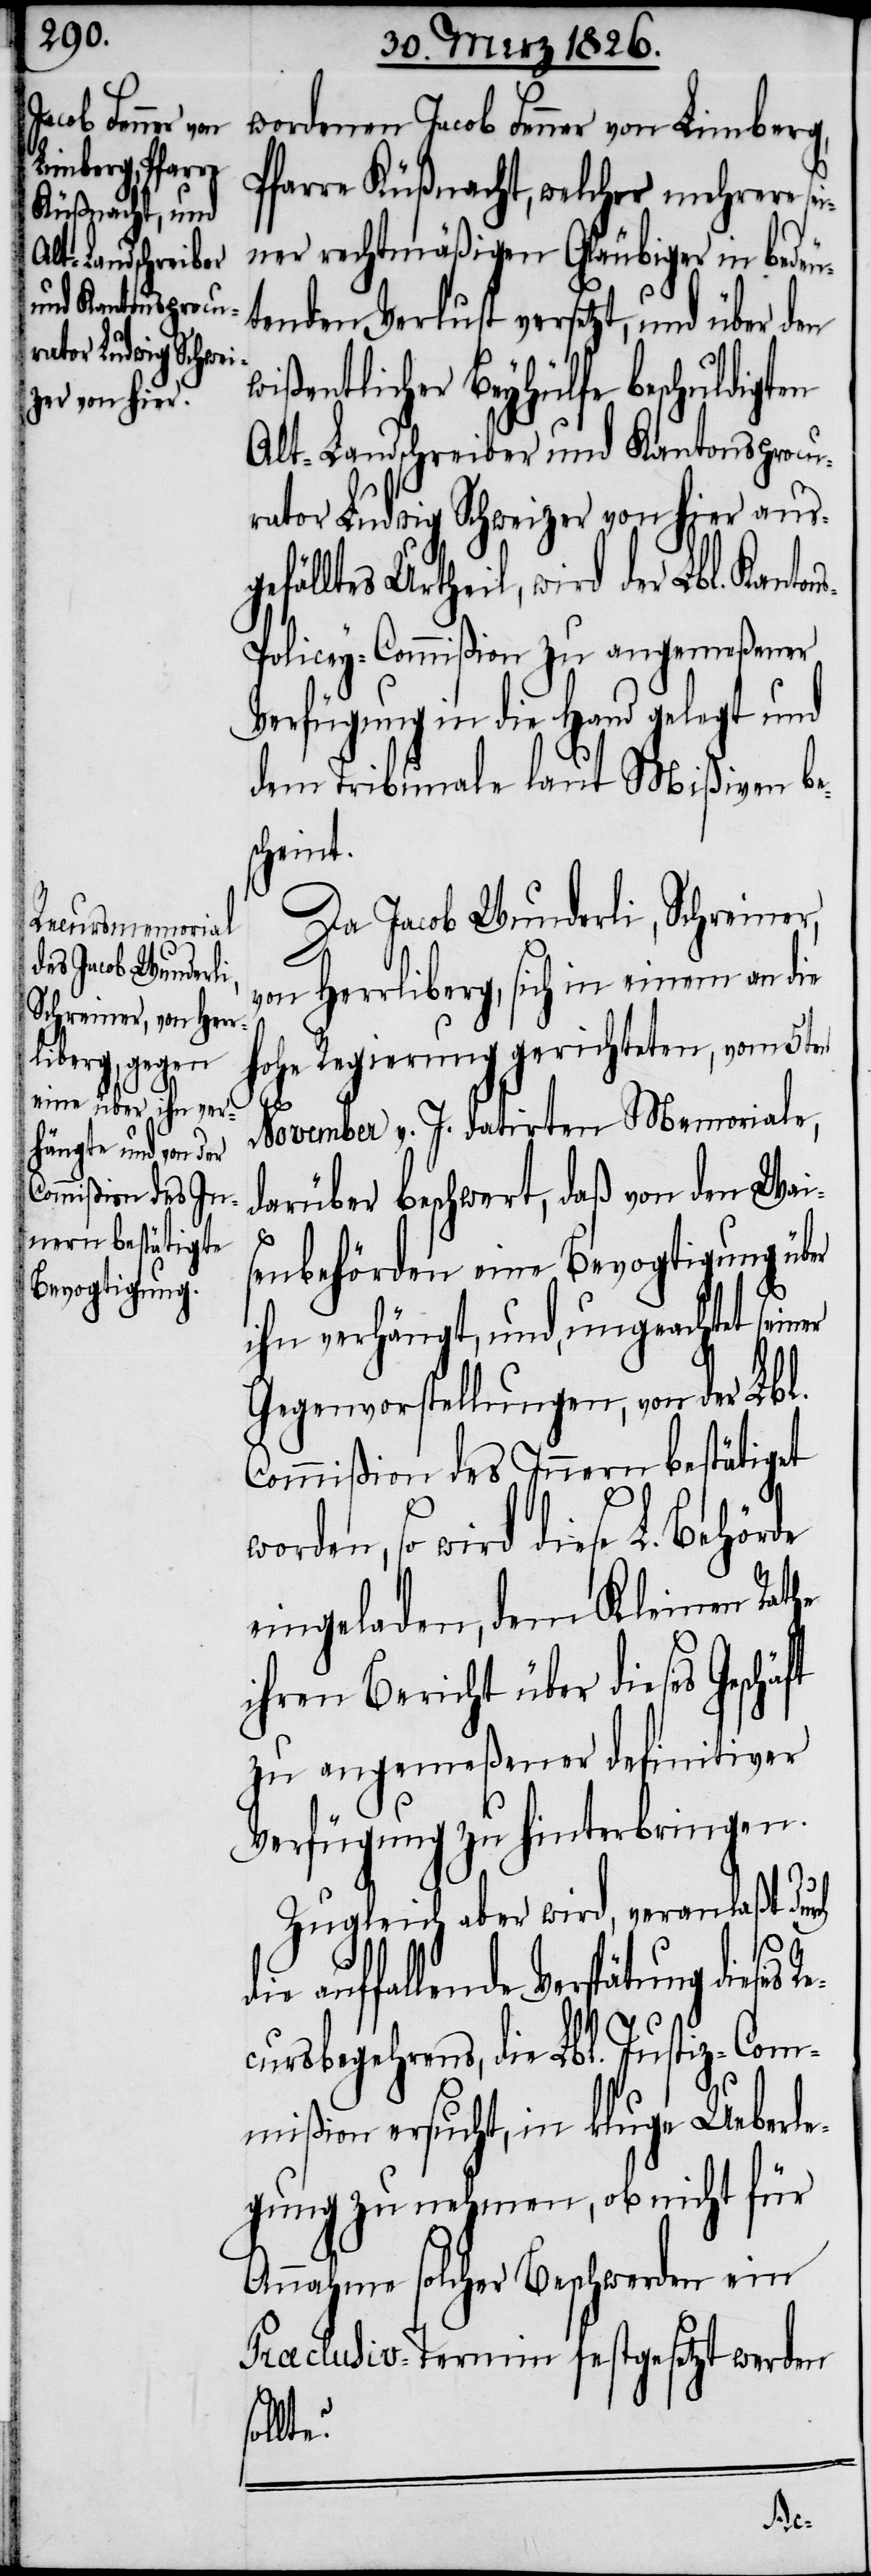
wordenen Jacob Fenner von Limberg,
Pfarre Küßnacht, welcher mehrere se¬
iner rechtmäßigen Gläubiger in bedeu¬
tenden Verlust versetzt, und über den
wißentlicher Beyhülfe beschuldigten
Alt-Landschreiber und Kantonsprocu¬
rator Ludwig Schweizer von hier aus¬
fälltes Urtheil, wird der Lbl. Kanton¬
s-Policey-Commißion zu angemeßener
Verfügung in die Hand gelegt und
dem Tribunale laut Mißiven be¬
scheint.
Da Jacob Wunderli, Schreiner,
von Herrliberg, sich in einem an die
hohe Regierung gerichteten, vom 5ten
November v. J. datirten Memoriale,
darüber beschwert, daß von den Wai¬
die
senbehörden eine Bevogtigung über
ihn verhängt, und, ungeachtet sein¬
Gegenvorstellungen, von der Lbl.
Commißion des Innern bestätiget
rden, so wird diese L. Behörde
eingeladen, dem Kleinen Rath
ihren Bericht über dieses Geschä¬
zu angemeßener definitiver
Verfügung zu hinterbringen.
Zugleich aber wird, veranlaßt dur¬
fallende Verspätung dieses
cursbegehrens, die Lbl. Justiz-Com¬
mißion ersucht, in kluge Ueberle¬
gung zu nehmen, ob nicht für
Annahme solcher Beschwerden ein
Præclusiv-Termin festgesetzt werden
sollt¬
e?